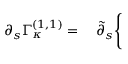
\partial _ { s } \Gamma _ { \kappa } ^ { ( 1 , 1 ) } = \quad \tilde { \partial } _ { s } \Bigg \{ \;